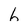
Character: 6